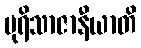
ပုရိသာဇာနီယာတိ